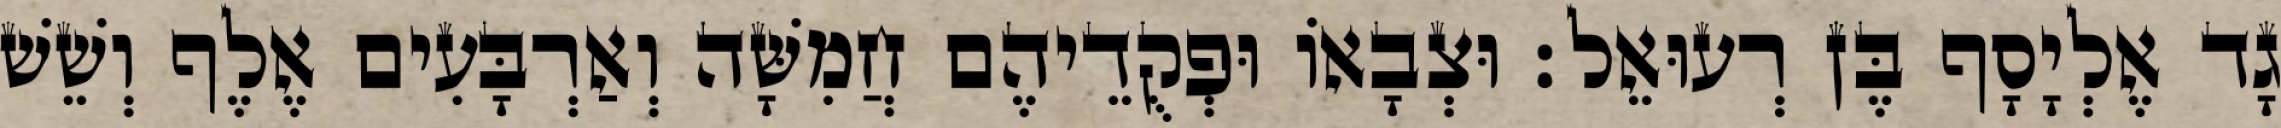
גָד אֶלְיָסָף בֶּן רְעוּאֵל׃ וּצְבָאוֹ וּפְקֻדֵיהֶם חֲמִשָּׁה וְאַרְבָּעִים אֶלֶף וְשֵׁשׁ